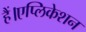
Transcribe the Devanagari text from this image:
हैं।एप्लिकेशन